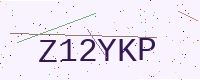
Text: Z12YKP